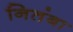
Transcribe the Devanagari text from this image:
नितंबा